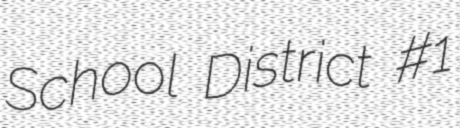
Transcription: School District #1